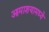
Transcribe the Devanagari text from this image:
आमाशयामध्ये